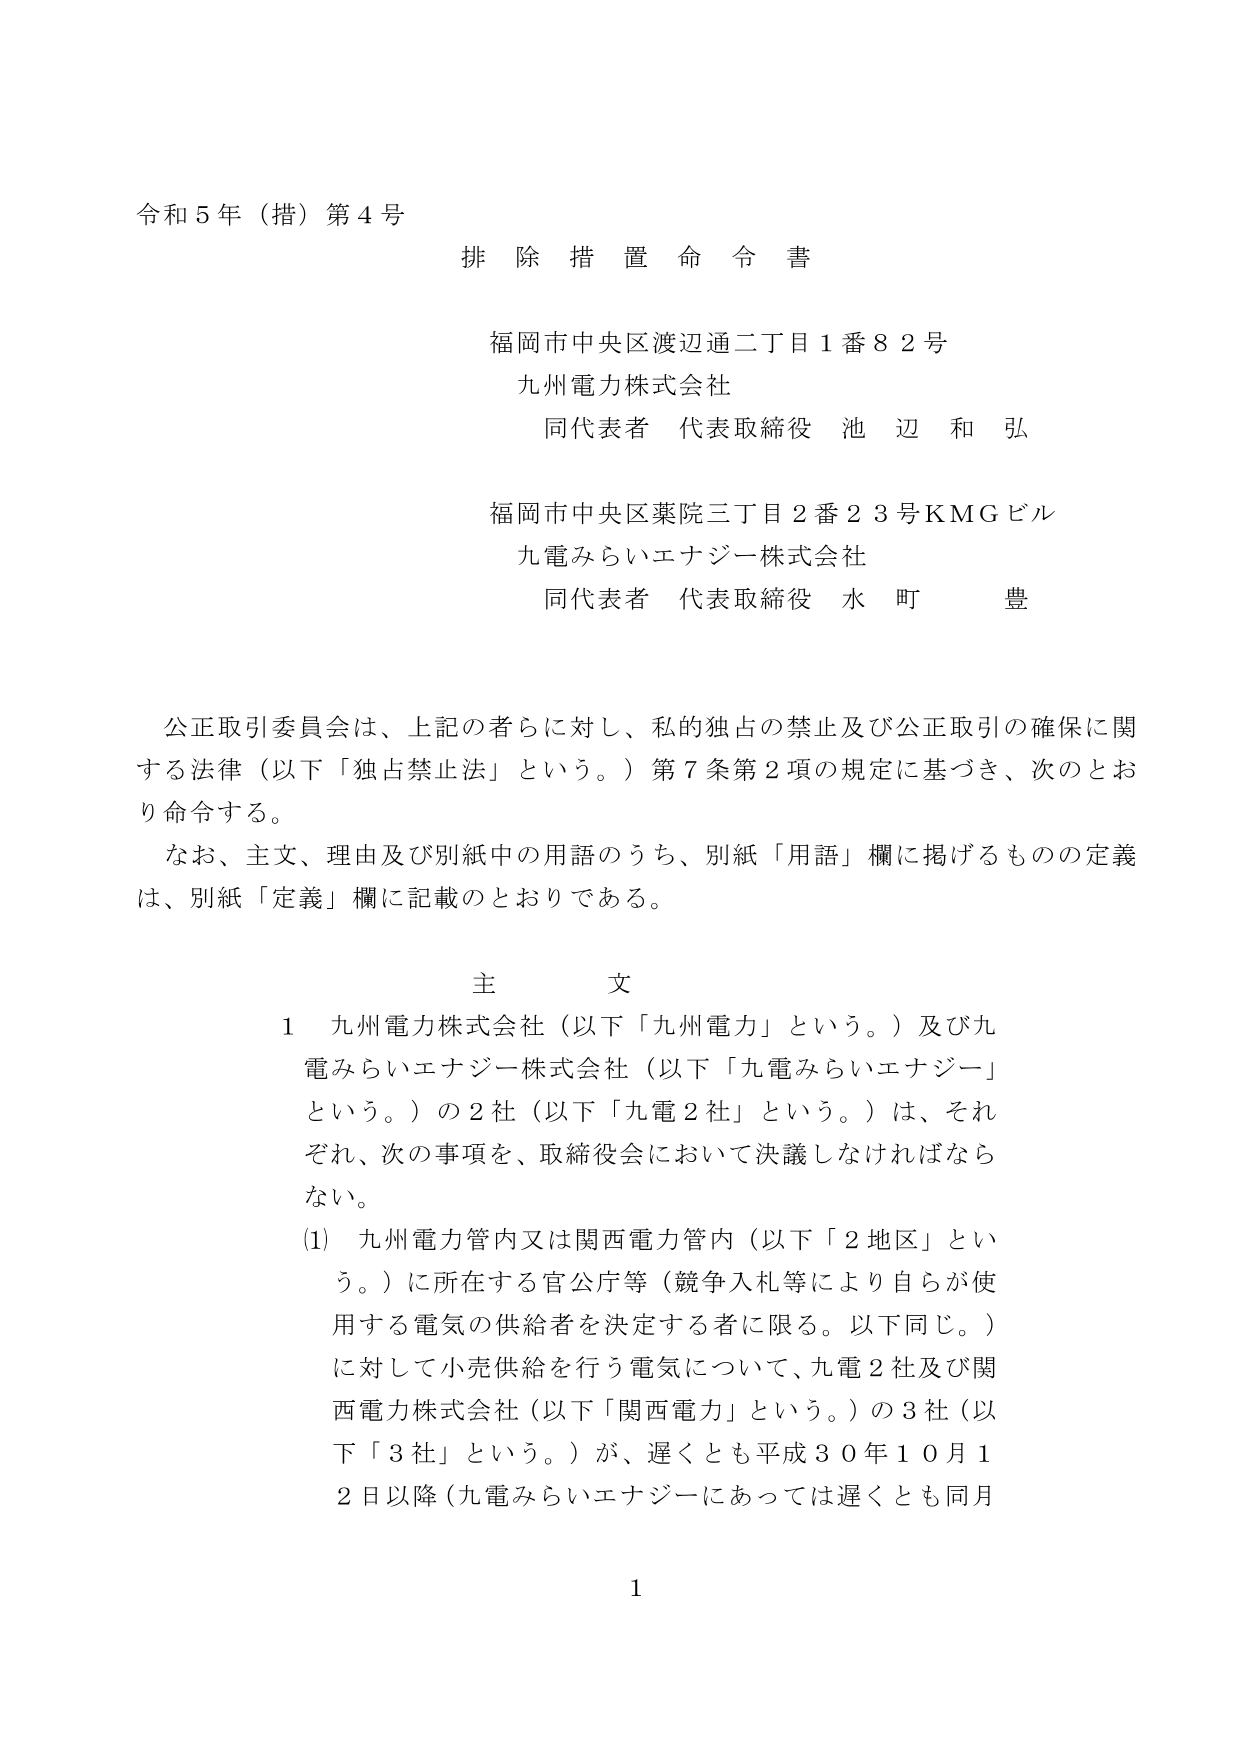
令和５年（措）第４号
排除措置命令書

福岡市中央区渡辺通二丁目１番８２号
九州電力株式会社
同代表者 代表取締役 池辺和弘

福岡市中央区薬院三丁目２番２３号ＫＭＧビル
九電みらいエナジー株式会社
同代表者 代表取締役 水町豊

公正取引委員会は、上記の者らに対し、私的独占の禁止及び公正取引の確保に関する法律（以下「独占禁止法」という。）第７条第２項の規定に基づき、次のとおり命令する。
なお、主文、理由及び別紙中の用語のうち、別紙「用語」欄に掲げるものの定義は、別紙「定義」欄に記載のとおりである。

主文
１ 九州電力株式会社（以下「九州電力」という。）及び九電みらいエナジー株式会社（以下「九電みらいエナジー」という。）の２社（以下「九電２社」という。）は、それぞれ、次の事項を、取締役会において決議しなければならない。
（1） 九州電力管内又は関西電力管内（以下「２地区」という。）に所在する官公庁等（競争入札等により自らが使用する電気の供給者を決定する者に限る。以下同じ。）に対して小売供給を行う電気について、九電２社及び関西電力株式会社（以下「関西電力」という。）の３社（以下「３社」という。）が、遅くとも平成３０年１０月１２日以降（九電みらいエナジーにあっては遅くとも同月

1